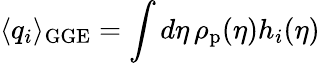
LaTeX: \langle q_{i}\rangle_{\mathrm{GGE}}=\int d\eta\, \rho_{\mathrm{p}}(\eta)h_{i}(\eta)